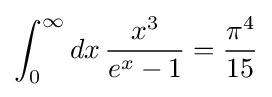
\int _{0}^{\infty }dx\,{\frac {x^{3}}{e^{x}-1}}={\frac {\pi ^{4}}{15}}